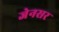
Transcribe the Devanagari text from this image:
जेनसर